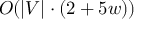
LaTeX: O ( | V | \cdot ( 2 + 5 w ) )